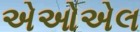
એઓએલ